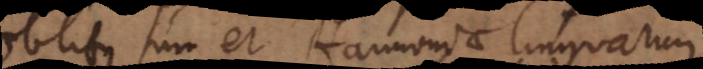
Oblitus sum et Harmoniae linguarum